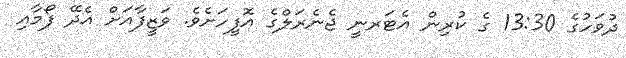
ދުވަހުގެ 13:30 ގެ ކުރިން އެޓަރނީ ޖެނެރަލްގެ އޮފީހަށެވެ. ވަޒީފާއަށް އެދޭ ފޯމާއި